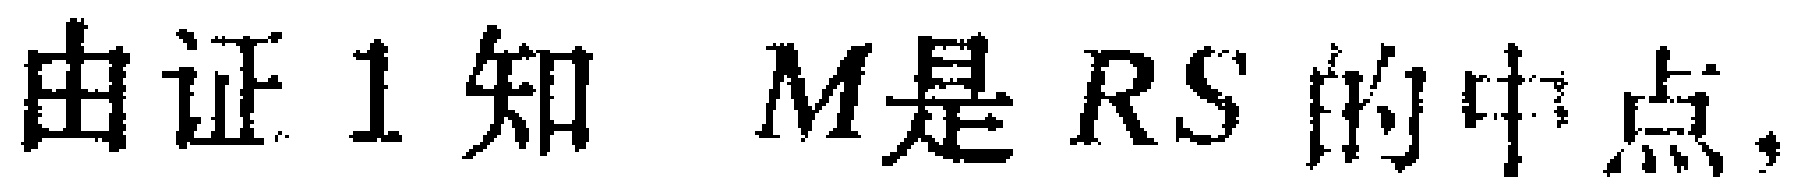
由证1知 \(M\)是 \(RS\) 的中点，